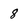
Character: 8